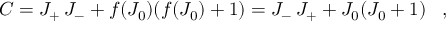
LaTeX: C = J _ { + } \, J _ { - } + f ( J _ { 0 } ) ( f ( J _ { 0 } ) + 1 ) = J _ { - } \, J _ { + } + J _ { 0 } ( J _ { 0 } + 1 ) \; \; \; ,